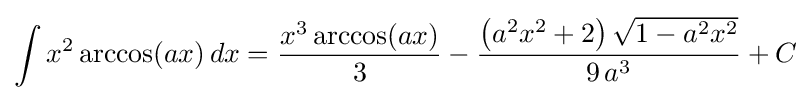
\int x^{2}\arccos(ax)\,dx={\frac {x^{3}\arccos(ax)}{3}}-{\frac {\left(a^{2}x^{2}+2\right){\sqrt {1-a^{2}x^{2}}}}{9\,a^{3}}}+C